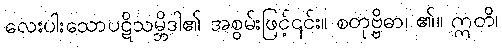
လေးပါးသောပဋိသမ္ဘိဒါ၏ အစွမ်းဖြင့်၎င်း။ စတုဗ္ဗိဓာ၊ ၏။ ဣတိ၊